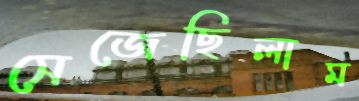
সেজেছিলাম